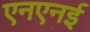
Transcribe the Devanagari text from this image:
एनएनई